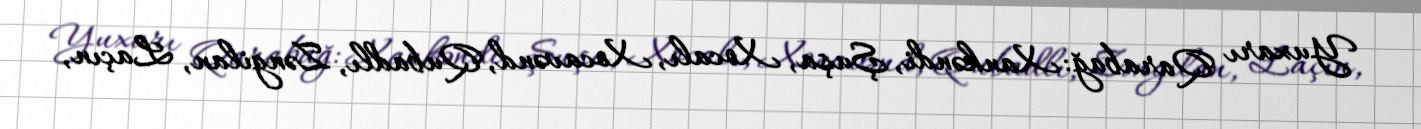
Yuxarı Qarabağ: Xankəndi, Şuşa, Xocalı, Xocavənd, Qubadlı, Zəngilan, Laçın,